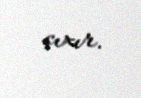
çıxır.